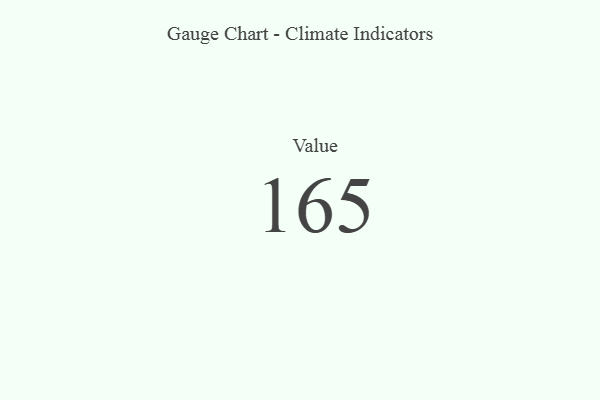
{"axis": {"x": "Metric", "y": "Value"}, "legend": [""], "data": [{"x": "Value", "y": 165, "type": ""}]}